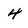
Character: 4